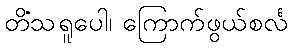
တိံသရူပေါ၊ ကြောက်ဖွယ်စင်္လ